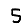
Digit: 5